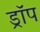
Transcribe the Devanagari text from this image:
ड्राॅप